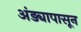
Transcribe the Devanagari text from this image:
अंड्यापासून